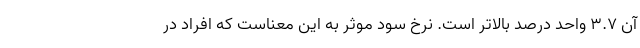
آن 3.7 واحد درصد بالاتر است. نرخ سود موثر به این معناست که افراد در